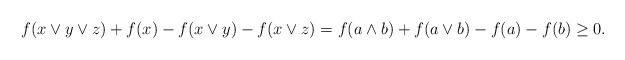
\begin{align*}f(x\vee y\vee z)+f(x)- f(x\vee y)-f(x\vee z)=f(a\wedge b)+ f(a\vee b)-f(a)-f(b)\ge0.\end{align*}